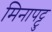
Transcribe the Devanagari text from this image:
मिनापट्टु